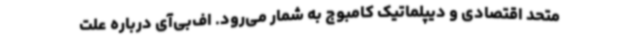
متحد اقتصادی و دیپلماتیک کامبوج به شمار می‌رود. اف‌بی‌آی درباره علت